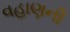
વહાણની